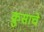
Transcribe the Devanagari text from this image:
क्रुसाचे